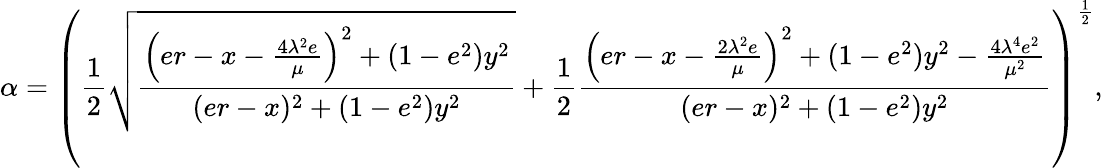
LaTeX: \alpha=\left(\frac{1}{2}\sqrt{\frac{\left(er-x-\frac{4\lambda^{2}e}{\mu}\right)^{2}+(1-e^{2})y^{2}}{(er-x)^{2}+(1-e^{2})y^{2}}}+\frac{1}{2}\frac{\left(er-x-\frac{2\lambda^{2}e}{\mu}\right)^{2}+(1-e^{2})y^{2}-\frac{4\lambda^{4}e^{2}}{\mu^{2}}}{(er-x)^{2}+(1-e^{2})y^{2}}\right)^{\frac{1}{2}},